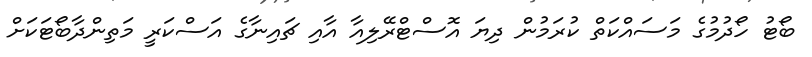
ބޯޓު ހޯދުމުގެ މަސައްކަތް ކުރަމުން ދިޔަ އޮސްޓްރޭލިއާ އާއި ޗައިނާގެ އަސްކަރީ މަތިންދާބޯޓަކަށް